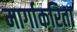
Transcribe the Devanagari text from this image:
मार्गाकरिता